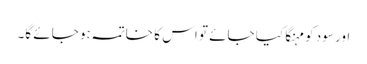
اور سود کو مہنگا کیا جائے تو اس کا خاتمہ ہو جائے گا۔